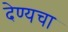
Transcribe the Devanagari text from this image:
देण्यचा